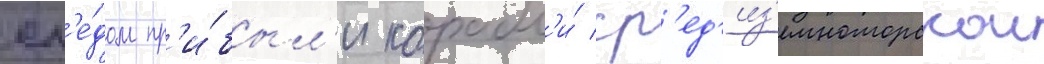
сл'е́дом пр'и́был'и корабл'и́ ср'ед'из'емноморскои